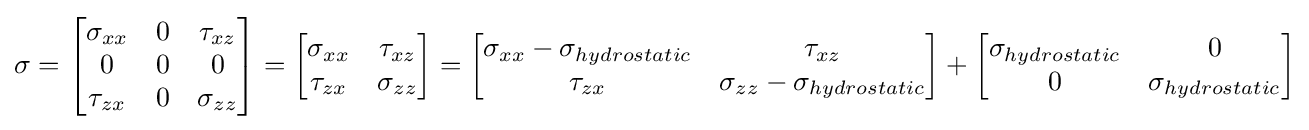
\sigma =\left[{\begin{matrix}\sigma _{xx}&0&\tau _{xz}\\0&0&0\\\tau _{zx}&0&\sigma _{zz}\\\end{matrix}}\right]=\left[{\begin{matrix}\sigma _{xx}&\tau _{xz}\\\tau _{zx}&\sigma _{zz}\\\end{matrix}}\right]=\left[{\begin{matrix}\sigma _{xx}-\sigma _{hydrostatic}&\tau _{xz}\\\tau _{zx}&\sigma _{zz}-\sigma _{hydrostatic}\\\end{matrix}}\right]+\left[{\begin{matrix}\sigma _{hydrostatic}&0\\0&\sigma _{hydrostatic}\\\end{matrix}}\right]